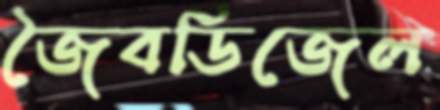
জৈবডিজেল